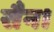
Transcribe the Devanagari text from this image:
सैन।